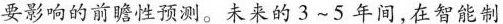
要影响的前瞻性预测。未来的3~5年间,在智能制